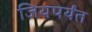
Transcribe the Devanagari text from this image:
जिथपर्यंत